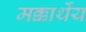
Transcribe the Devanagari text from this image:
मक्कार्थेय